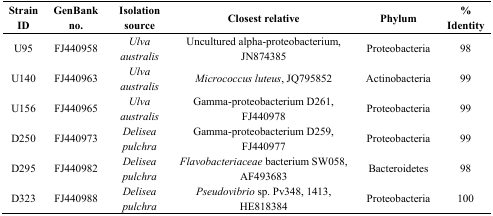
<table><thead><tr><td><b>Strain ID</b></td><td><b>GenBank no.</b></td><td><b>Isolation source</b></td><td><b>Closest relative </b></td><td><b>Phylum</b></td><td><b>% Identity</b></td></tr></thead><tbody><tr><td>U95</td><td>FJ440958</td><td><i>Ulva australis</i></td><td>Uncultured alpha-proteobacterium, JN874385</td><td>Proteobacteria</td><td>98</td></tr><tr><td>U140</td><td>FJ440963</td><td><i>Ulva australis</i></td><td><i>Micrococcus luteus</i>, JQ795852</td><td>Actinobacteria</td><td>99</td></tr><tr><td>U156</td><td>FJ440965</td><td><i>Ulva australis</i></td><td>Gamma-proteobacterium D261, FJ440978</td><td>Proteobacteria</td><td>99</td></tr><tr><td>D250</td><td>FJ440973</td><td><i>Delisea pulchra</i></td><td>Gamma-proteobacterium D259, FJ440977</td><td>Proteobacteria</td><td>99</td></tr><tr><td>D295</td><td>FJ440982</td><td><i>Delisea pulchra</i></td><td><i>Flavobacteriaceae</i> bacterium SW058, AF493683</td><td>Bacteroidetes</td><td>98</td></tr><tr><td>D323</td><td>FJ440988</td><td><i>Delisea pulchra</i></td><td><i>Pseudovibrio</i> sp. Pv348, 1413, HE818384</td><td>Proteobacteria</td><td>100</td></tr></tbody></table>